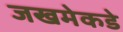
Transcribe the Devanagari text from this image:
जखमेकडे